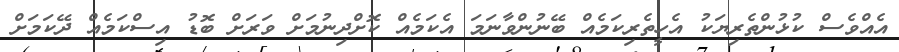
އެއްވެސް ކުޅުންތެރިޔަކު އެހީތެރިކަމެއް ބޭނުންވާނަމަ އެކަމެއް ކޮށްދިނުމަށް ވަރަށް ބޮޑު އިސްކަމެއް ދޭކަމަށް